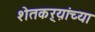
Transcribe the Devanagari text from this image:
शेतकऱ्य़ांच्या